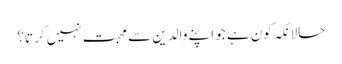
حالانکہ کون ہے جو اپنے والدین سے محبت نہیں کرتا؟